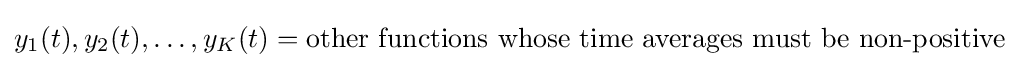
y_{1}(t),y_{2}(t),\ldots ,y_{K}(t)={\text{other functions whose time averages must be non-positive}}